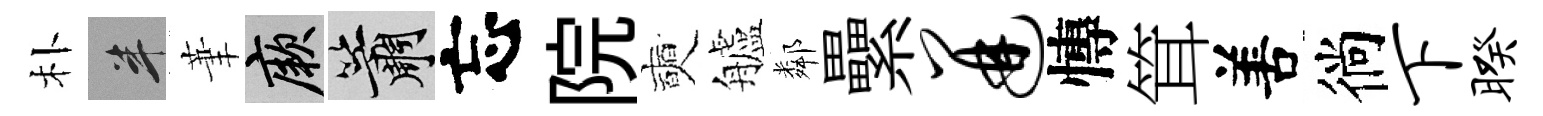
朴半茟厥簫忘院奭艫鄰纍迸慱䇯𠵊徜下暌